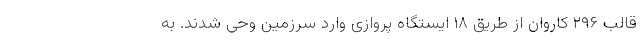
قالب ۲۹۶ کاروان از طریق ۱۸ ایستگاه پروازی وارد سرزمین وحی شدند. به